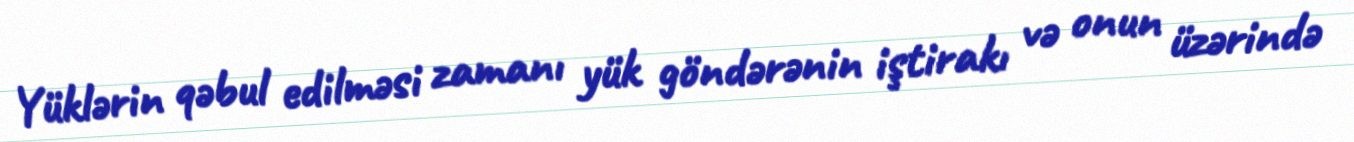
Yüklərin qəbul edilməsi zamanı yük göndərənin iştirakı və onun üzərində